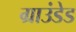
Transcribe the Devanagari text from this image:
ग्राउंडेड